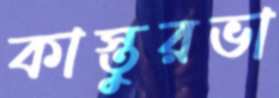
কাস্তুরভা